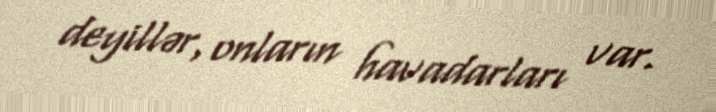
deyillər, onların havadarları var.